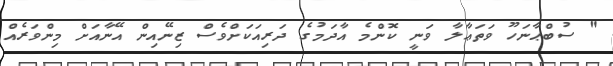
" ސުބްޙާނަހޫ ވަތަޢާލާ ވަނީ ކޮންމެ އާދަމުގެ ދަރިއަކަށްވެސް ޒިނޭއިން އޭނާއަށް މިންވަރެއް